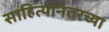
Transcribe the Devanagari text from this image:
साहित्यानंतरच्या